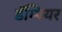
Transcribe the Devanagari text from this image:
डॅम्पियर